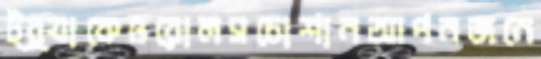
ট্র্যাকেওরোলসচোশানআপনজনে